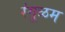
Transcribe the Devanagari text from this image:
रंगूळम